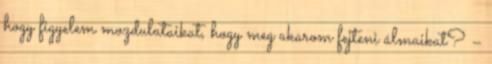
hogy figyelem mozdulataikat, hogy meg akarom fejteni álmaikat? –